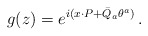
\begin{align*}g(z)=\displaystyle{e^{i(x{\cdot P}+\bar{Q}_{a}\theta^{a})}}\,.\end{align*}